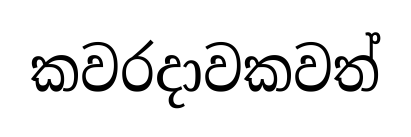
කවරදාවකවත්